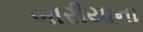
બારીયાના